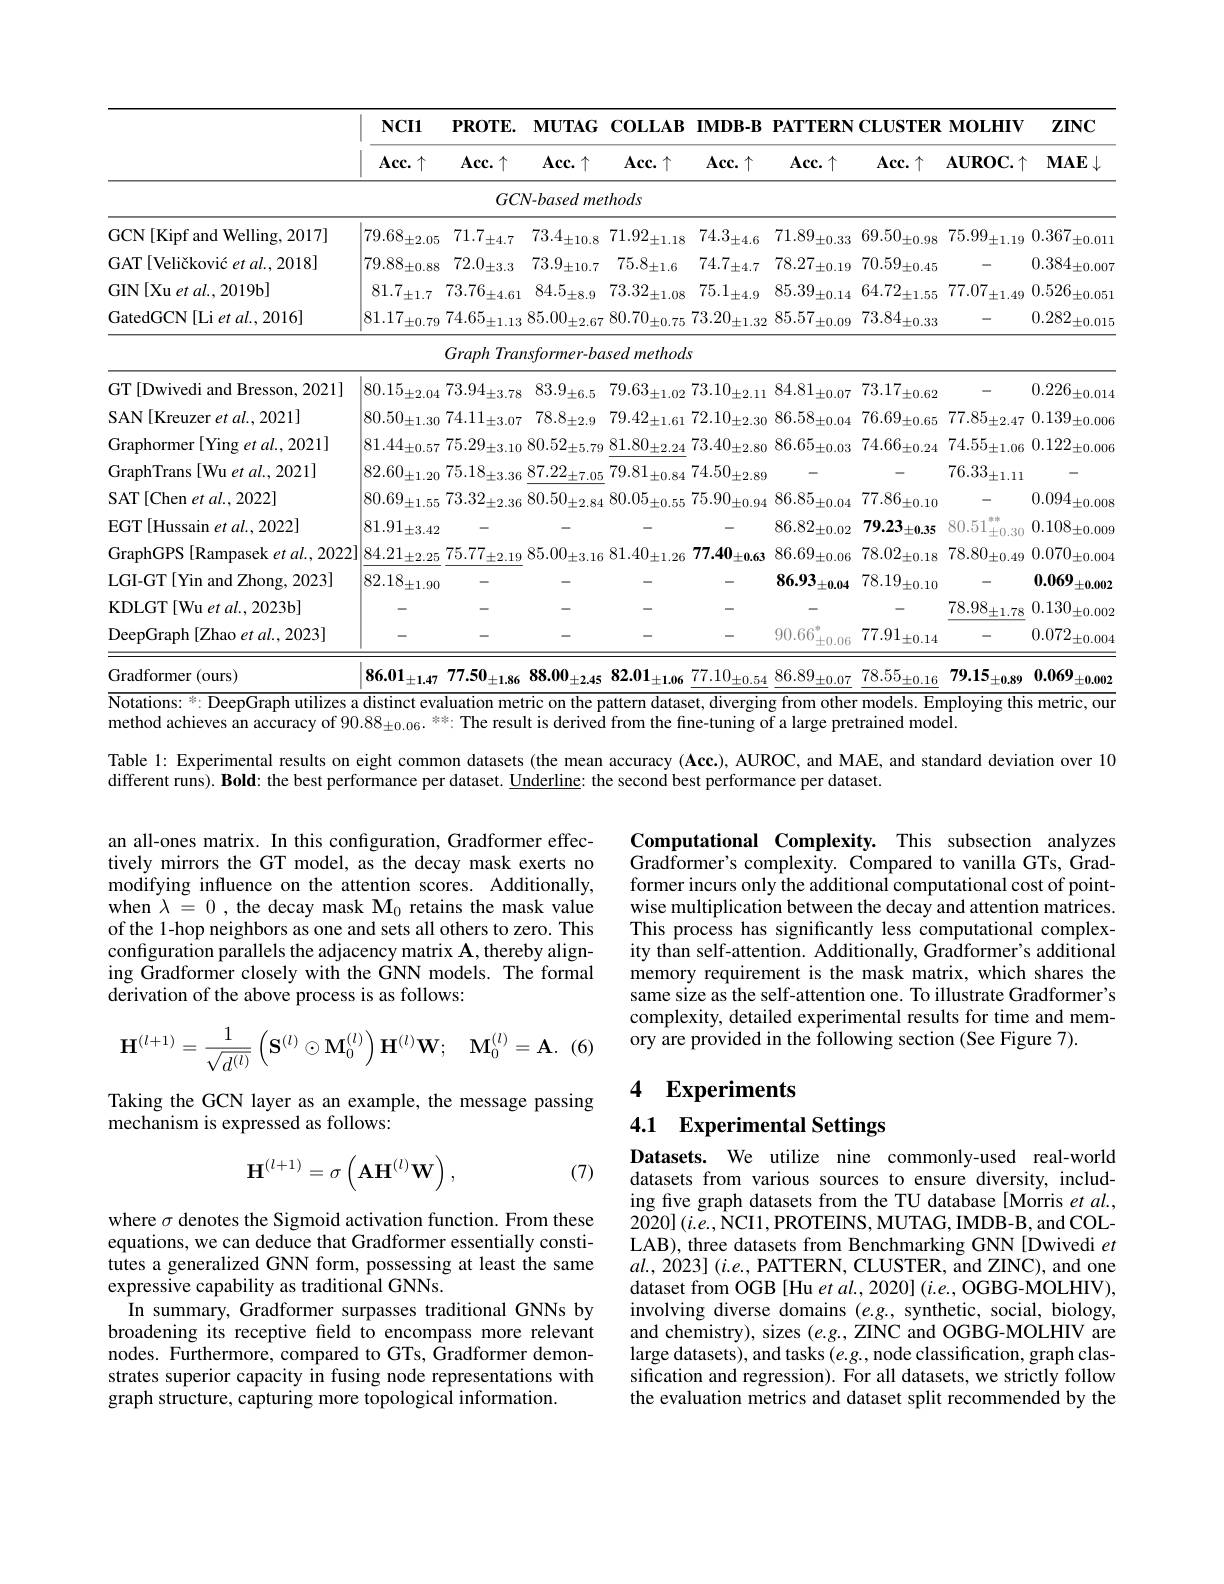
<table>
	<tbody>
		<tr>
			<th> </th>
			<th rowspan="2">$NCI1$ $Acc.\uparrow$</th>
			<th rowspan="2">$\mathbf{PROTE}.$ $Acc.\uparrow$</th>
			<th rowspan="2">$\mathbf{MUTAG}$ $Acc.\uparrow$</th>
			<th>$\mathbf{COLLAB}$</th>
			<th rowspan="2">IMDB-B $Acc.\uparrow$</th>
			<th colspan="3">PATTERNCLUSTERMOLHIV</th>
			<th rowspan="2">$\mathbf{ZINC}$ $MAE\downarrow$</th>
		</tr>
		<tr>
			<th> </th>
			<th>$Acc.\uparrow$</th>
			<th>$Acc.\uparrow$</th>
			<th>$Acc.\uparrow$</th>
			<th>$\mathbf{AUROC}.\uparrow$</th>
		</tr>
		<tr>
			<td> </td>
			<td> </td>
			<td>$GC\Lambda$</td>
			<td>V-based mei</td>
			<td>$:thods$</td>
			<td> </td>
			<td> </td>
			<td> </td>
			<td> </td>
			<td> </td>
		</tr>
		<tr>
			<td>GCN[Kipf and Welling, 2017]</td>
			<td>79.68 $\pm2.05$</td>
			<td>71.7 $\pm4.7$</td>
			<td>73.4 $\pm10.8$</td>
			<td>71.92 $\pm1.18$</td>
			<td>74.3 $\pm4.6$</td>
			<td>71.89 $\pm0.33$</td>
			<td>69.50 $\pm0.98$</td>
			<td>75.99 $\pm1.19$</td>
			<td>0.367 $\pm0.011$</td>
		</tr>
		<tr>
			<td>GAT[Veličković $etal.,2018]$</td>
			<td>$79.88_{\pm0.88}$</td>
			<td>$72.0_{\pm3.3}$</td>
			<td>73.9 $\pm10.7$</td>
			<td>$75.8_{\pm1.6}$</td>
			<td>74.7. $\pm4.7$</td>
			<td>78.27. $\pm0.19$</td>
			<td>$70.59_{\pm0.45}$</td>
			<td> </td>
			<td>$0.384\pm0.007$</td>
		</tr>
		<tr>
			<td>GIN[Xu et al., 2019b]</td>
			<td>81.7 $\pm1.7$</td>
			<td>$73.76_{\pm4.61}$</td>
			<td>84.5 $'\pm8.9$</td>
			<td>73.32 $\pm1.08$</td>
			<td>$75.1_{\pm4.9}$</td>
			<td>85.39 $\pm0.14$</td>
			<td>64.72 $\therefore\pm1.55$</td>
			<td>77.07 $\pm1.49$</td>
			<td>0.526 $'\pm0.051$</td>
		</tr>
		<tr>
			<td>GatedGCN[Li et al., 2016]</td>
			<td>81.17 $\pm0.79$</td>
			<td>$74.65_{\pm1.13}$</td>
			<td>$85.00_{\pm2.67}$</td>
			<td>$80.70_{\pm0.75}$</td>
			<td>$73.20_{\pm1.32}$</td>
			<td>85.57 $\pm0.09$</td>
			<td>$73.84_{\pm0.33}$</td>
			<td> </td>
			<td>0.282 $\therefore\pm0.015$ </td>
		</tr>
		<tr>
			<td> </td>
			<td> </td>
			<td>Graph Tran</td>
			<td>$\imath sformer-ba$</td>
			<td>methods lsed</td>
			<td>$S$</td>
			<td> </td>
			<td> </td>
			<td> </td>
			<td> </td>
		</tr>
		<tr>
			<td>GT[Dwivedi and Bresson, 2021]</td>
			<td>80.15 $\pm2.04$</td>
			<td>$73.94_{\pm3.78}$</td>
			<td>83.9 $^{\prime}\pm6.5$</td>
			<td>79.63 $\pm1.02$</td>
			<td>73.10. $J_{\pm2.11}$ 1 1</td>
			<td>84.81 $\pm0.07$</td>
			<td>73.17 $\pm0.62$</td>
			<td> </td>
			<td>0.226 $\pm0.014$</td>
		</tr>
		<tr>
			<td>SAN[Kreuzer et al., 2021]</td>
			<td>$80.50_{\pm1.30}$</td>
			<td>$74.11_{\pm3.07}$</td>
			<td>$78.8\pm2.9$</td>
			<td>$79.42_{\pm1.61}$</td>
			<td>$72.10_{\pm2.30}$</td>
			<td>$86.58_{\pm0.04}$</td>
			<td>76.69 $^{\prime}\pm0.65$</td>
			<td>$77.85_{\pm2.47}$</td>
			<td>0.139 $\pm0.006$</td>
		</tr>
		<tr>
			<td>Graphormer [ Ying et al. , 2021] </td>
			<td>$81.44_{\pm0.57}$</td>
			<td>75.29 $^{\prime}\pm3.10$</td>
			<td>$80.52_{\pm5.79}$</td>
			<td>$81.80_{\pm2.24}$</td>
			<td>$73.40_{\pm2.80}$</td>
			<td>$86.65_{\pm0.03}$</td>
			<td>$74.66_{\pm0.24}$</td>
			<td>$74.55_{\pm1.06}$</td>
			<td>$0.122_{\pm0.006}$</td>
		</tr>
		<tr>
			<td>GraphTrans[Wu et al., 2021]</td>
			<td>82.60 $\pm1.20$</td>
			<td>75.18 $\pm3.36$</td>
			<td>87.22 $\pm7.05$</td>
			<td>$79.81_{-}$ $-\pm0.84$</td>
			<td>$74.50_{\pm2.89}$</td>
			<td> </td>
			<td> </td>
			<td>76.33 $\pm1.11$</td>
			<td> </td>
		</tr>
		<tr>
			<td>SAT[Chen et al., 2022]</td>
			<td>80.69 $\pm1.55$</td>
			<td>73.32 $\pm2.36$</td>
			<td>80.50 $^{\prime}\pm2.84$</td>
			<td>80.05 $\pm0.55$</td>
			<td>75.90 $^{\prime}\pm0.94$</td>
			<td>86.85 $\pm0.04$</td>
			<td>77.86 $\pm0.10$</td>
			<td> </td>
			<td>0.094 $\pm0.008$</td>
		</tr>
		<tr>
			<td>EGT[Hussain et al., 2022]</td>
			<td>$81.91_{\pm3.42}$</td>
			<td>-</td>
			<td> </td>
			<td>-</td>
			<td> </td>
			<td>$86.82_{\pm0.02}$</td>
			<td>79.23 $\pm0.35$</td>
			<td>$xy=200$ 80.51 $\pm0,30$</td>
			<td>0.108 $,\pm0.00$C</td>
		</tr>
		<tr>
			<td>GraphGPS [Rampasek et al., 2022]</td>
			<td>$84.21_{\pm2.25}$</td>
			<td>$75.77_{\pm2.19}$</td>
			<td>85.00 $J_{\pm3.16}$ 1</td>
			<td>$81.40_{\pm1.26}$</td>
			<td>77.40 $1\pm0.63$</td>
			<td>$86.69_{\pm0.06}$</td>
			<td>$78.02_{\pm0.18}$</td>
			<td>$78.80_{\pm0.49}$</td>
			<td>0.070 $\pm0.004$</td>
		</tr>
		<tr>
			<td>LGI-GT[Yin and Zhong, 2023]</td>
			<td>82.18 $\pm1.90$</td>
			<td> </td>
			<td> </td>
			<td>-</td>
			<td> </td>
			<td>86.93 $\pm0.04$</td>
			<td>78.19 $^{\prime}\pm0.10$</td>
			<td>-</td>
			<td>0.069 $\pm0.002$</td>
		</tr>
		<tr>
			<td>KDLGT[Wu et al., 2023b]</td>
			<td> </td>
			<td> </td>
			<td> </td>
			<td> </td>
			<td>-</td>
			<td> </td>
			<td> </td>
			<td>78.98 $\pm1.78$</td>
			<td>0.130 $\pm0.002$</td>
		</tr>
		<tr>
			<td>DeepGraph [Zhao et al., 2023]</td>
			<td>-</td>
			<td>-</td>
			<td>-</td>
			<td>-</td>
			<td>-</td>
			<td>90.66 $\pm0.06$</td>
			<td>77.91 $\pm0.14$</td>
			<td>-</td>
			<td>0.072 $\pm0.004$</td>
		</tr>
		<tr>
			<td>Gradformer (ours)</td>
			<td>86.01 $\pm1.47$</td>
			<td>77.50 $^{\prime}\pm1.86$</td>
			<td>88.00 $\pm2.45$</td>
			<td>82.01 $\pm1.06$</td>
			<td>77.10 $\pm0.54$</td>
			<td>86.89 $\pm0.07$</td>
			<td>78.55 $\pm0.16$</td>
			<td>79.15 $\pm0.89$</td>
			<td>0.069 $\pm0.002$</td>
		</tr>
	</tbody>
</table>

Table l: Experimental results on eight common datasets (the mean accuracy (Acc.), AUROC, and MAE, and standard deviation over 10

different runs). Bold: the best performance per dataset. $\underline{\text{Underline: the second best performance per dataset.}}$

an all-ones matrix. In this configuration, Gradformer effectively mirrors the GT model, as the decay mask exerts no modifying influence on the attention scores. Additionally, when $\lambda=0$, the decay mask M$_0$ retains the mask value of the 1-hop neighbors as one and sets all others to zero. This configuration parallels the adjacency matrix $\mathbf{A}$,thereby aligning $\tilde{\text{Gradformer closely with the GNN models. The formal}}$ derivation of the above process is as follows:

Computational Complexity. This subsection analyzes Gradformer's complexity. Compared to vanilla GTs, Gradformer incurs only the additional computational cost of pointwise multiplication between the decay and attention matrices. This process has significantly less computational complexity than self-attention. Additionally, Gradformer's additional memory requirement is the mask matrix, which shares the same size as the self-attention one. To illustrate Gradformer's complexity, detailed experimental results for time and memory are provided in the following section (See Figure 7).

(6)
$$\mathbf{H}^{(l+1)}=\frac{1}{\sqrt{d^{(l)}}}\left(\mathbf{S}^{(l)}\odot\mathbf{M}_{0}^{(l)}\right)\mathbf{H}^{(l)}\mathbf{W};\quad\mathbf{M}_{0}^{(l)}=\mathbf{A}.$$
## 4 Experiments

Taking the GCN layer as an example, the message passing
mechanism is expressed as follows:

4.1 Experimental Settings
$$\mathbf{H}^{(l+1)}=\sigma\left(\mathbf{A}\mathbf{H}^{(l)}\mathbf{W}\right),$$
(7)

Datasets. We utilize nine commonly-used real-world datasets from various sources to ensure diversity, including five graph datasets from the TU database[Morris et al., $2020](i.e.$,NCI1,PROTEINS,MUTAG,IMDB-B,and COLLAB), three datasets from Benchmarking GNN [Dwivedi $et$ $al.,2023](i.e.$, PATTERN, CLUSTER, and ZINC), and one dataset from OGB [Hu et al., 2020] (i.e., OGBG-MOLHIV), involving diverse domains $(e.g.$, synthetic, social, biology, and chemistry), sizes $(e.g.$, ZINC and OGBG-MOLHIV are large datasets), and tasks $(e.g.$, node classification, graph classification and regression). For all datasets, we strictly follow the evaluation metrics and dataset split recommended by the

where $\sigma$ denotes the Sigmoid activation function. From these equations, we can deduce that Gradformer essentially constitutes a generalized GNN form, possessing at least the same expressive capability as traditional GNNs.
In summary, Gradformer surpasses traditional GNNs by broadening its receptive field to encompass more relevant nodes. Furthermore, compared to GTs, Gradformer demonstrates superior capacity in fusing node representations with graph structure, capturing more topological information.